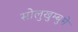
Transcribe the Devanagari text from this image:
सोलुखुम्बुमे